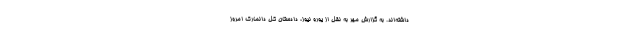
داشته‌اند. به گزارش مهر به نقل از یورو نیوز، دادستان کل دانمارک امروز